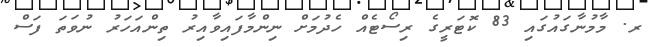
ރ. މާމުނާގައުގައި 83 ކޮޓަރީގެ ރިސޯޓެއް ހެދުމަށް ނިންމާފައިވާއިރު ތިންއަހަރު ނުވަތަ ފަސް